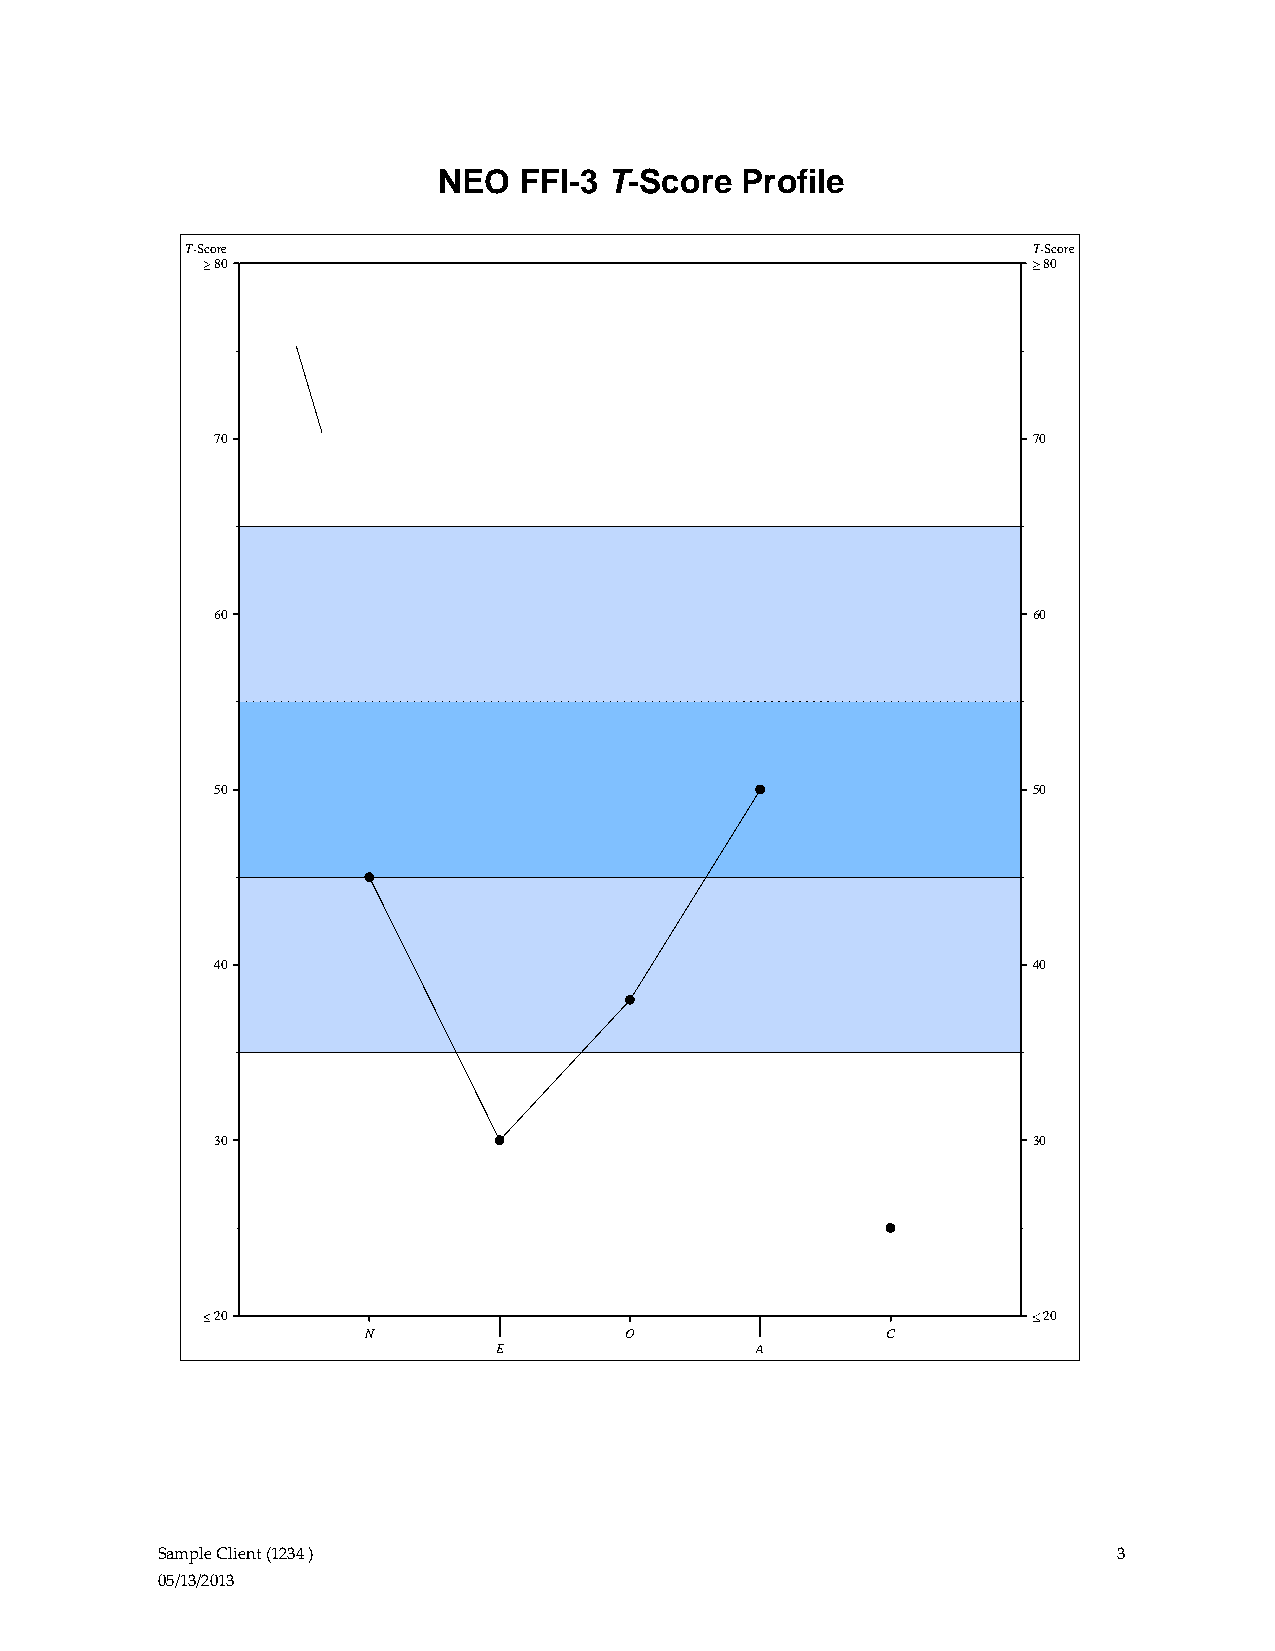
NEO  FFI-3 T-Score  Profile
 T-Score                                                 T-Score
 80                                                     80
 70                                                    70
 60                                                    60
 50                                                    50
 40                                                    40
 30                                                    30
 20                                                     20
 N                O                 C
 E                A
 Sample Client (1234 )                                           3
 05/13/2013